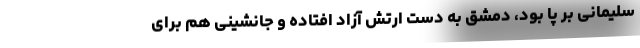
سلیمانی بر پا بود، دمشق به دست ارتش آزاد افتاده و جانشینی هم برای